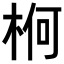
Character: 𣒍